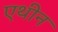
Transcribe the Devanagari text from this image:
एथीन